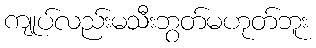
ကျုပ်လည်းမသီးဘွတ်မဟုတ်ဘူး